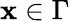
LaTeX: \mathbf{x}\in\Gamma